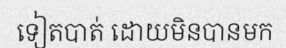
ទៀតបាត់ ដោយមិនបានមក